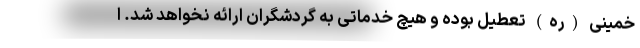
خمینی (ره) تعطیل بوده و هیچ خدماتی به گردشگران ارائه نخواهد شد. ا